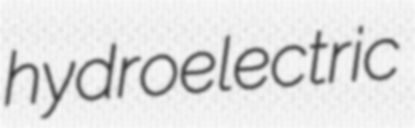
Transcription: hydroelectric